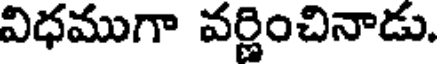
విధముగా వర్ణించినాడు.